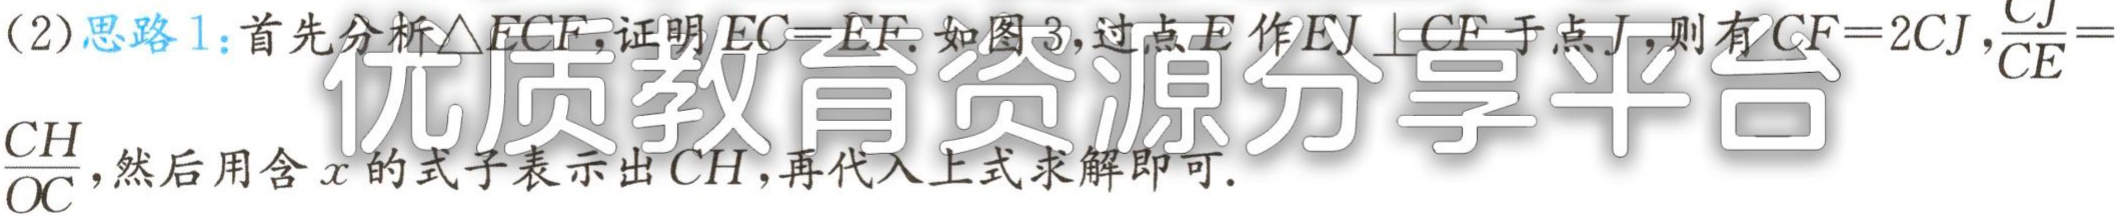
(2)思路1：首先分析$\triangle ECF$,证明$EC = EF$.如图3,过点$E$作$EJ\perp CF$于点$J$,则有$CF = 2CJ$,$\frac{CJ}{CE}=\frac{CH}{OC}$,然后用含$x$的式子表示出$CH$,再代入上式求解即可.